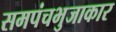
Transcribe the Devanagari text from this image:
समपंचभुजाकार